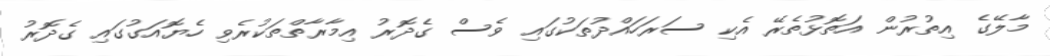
މާލޭގެ އިތުރުން އަތޮޅުތެރޭ އެކި ސަރަހައްދުތަކުގައި ވެސް ގެދޮރު އިމާރާތްތަކުރެވި ހެޔޮއަގުގައި ގެދޮރު